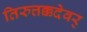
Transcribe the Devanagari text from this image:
तिरुत्तक्कदेवर्